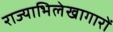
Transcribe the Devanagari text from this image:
राज्याभिलेखागारों